Vital statistics of India. Vol. IV, Annual returns from 1871 to 1876. British Army of India, Native Army and jails of Bengal
Year: 1871
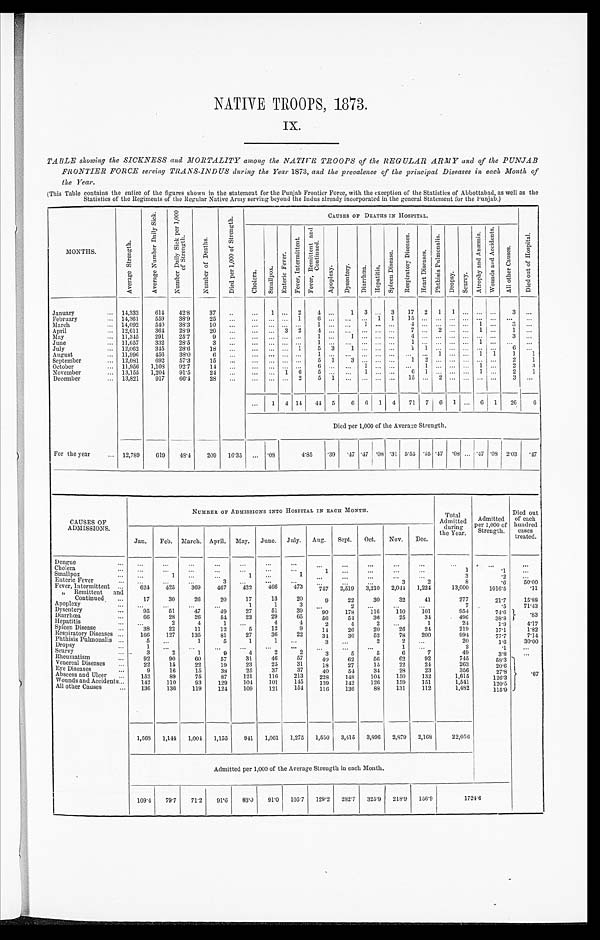
NATIVE TROOPS, 1873.
IX.
TABLE showing the SICKNESS and MORTALITY among the NATIVE TROOPS of the REGULAR ARMY and of the PUNJAB
FRONTIER FORCE serving TRANS-INDUS during the Year 1873, and the prevalence of the principal Diseases in each Month of
the Year.
(This Table contains the entire of the figures shown in the statement for the Punjab Frontier Force, with the exception of the Statistics of Abbottabad, as well as the
Statistics of the Regiments of the Regular Native Army serving beyond the Indus already incorporated in the general Statement for the Punjab.)
MONTHS.
A v e r a g e S t r e n g t h .
A v e r a g e N u m b e r D a i l y S i c k .
N u m b e r D a i l y S i c k p e r 1 , 0 0 0 o f S t r e n g t h .
N u m b e r o f D e a t h s .
D i e d p e r 1 , 0 0 0 o f S t r e n g t h .
C A U S E S O F D E A T H S I N H O S P I T A L .
D i e d o u t o f H o s p i t a l .
C h o l e r a .
S m a l l p o x .
E n t e r i c F e v e r .
F e v e r , I n t e r m i t t e n t .
F e v e r , R e m i t t e n t a n d C o n t i n u e d .
A p o p l e x y .
D y s e n t e r y .
D i a r r h œ a .
H e p a t i t i s .
S p l e e n D i s e a s e .
R e s p i r a t o r y D i s e a s e s .
H e a r t D i s e a s e s .
P h t h i s i s P u l m o n a l i s .
D r o p s y .
S c u r v y .
At r ophy and Anæmi a.
W o u n d s a n d A c c i d e n t s .
A l l o t h e r C a u s e s .
January . . .
14,333
614
42.8
37
. . .
. . .
1
. . .
2
4
. . .
1
3
. . . 3
17
2
1
1
. . .
. . .
. . .
3
. . .
14,361
559
38.9
25
. . .
. . .
. . .
. . . 1
6
. . .
. . . . . .
1
1
1 5
. . .
. . .
. . .
. . . . . .
. . .
. . .
. . .
February . . .
14,092
540
38.3
10
. . .
. . .
. . .
. . .
. . .
1
. . .
. . . . . .
. . .
. . .
4
. . .
. . .
. . .
. . . 1
. . .
3
. . .
March . . .
12,611
364
28.9
20
. . .
. . .
. . .
3
2
4
. . .
. . ..1.
. . .
. . .
7
. . . 2
. . .
. . . 1
. . .
1
. . .
April . . .
11,345
291
25.7
9
. . .
. . .
. . .
. . .
. . .
1
. . .
1 . . .
. . .
. . .
4
. . .
. . .
. . .
. . . . . .
. . .
3
. . .
May . . .
June . . .
11,657
332
28.5
3
. . .
. . .
. . .
. . .
. . .
1
. . .
. . .
. . .
. . .
. . .
1
. . .
. . .
. . .
. . . 1
. . .
. . .
. . .
July . . .
12,062
345
28.6
18
. . .
. . .
. . .
. . . 1
5
3
1
. . .
. . .
. . .
1
1
. . .
. . .
. . .
. . .
. . .
6
. . .
11,996
456
38.0
6
. . .
. . .
. . .
. . .
. . .
1
. . .
. . . . . .
. . .
. . .
. . .
. . .
1
. . .
. . .
1 1
1
1
August . . .
12,081
692
57.3
15
. . .
. . .
. . .
. . .
. . .
5
1
3
. . .
. . .
. . .
1
2
. . .
. . .
. . . . . .
. . .
2
1
September . . .
11,956
1,108
92.7
14
. . .
. . .
. . .
. . .
. . .
6
. . .
. . .
1
. . .
. . .
. . . 1
. . .
. . .
. . .
1
. . .
2
3
October . . .
13,155
1,204
91.5
24
. . .
. . .
. . . 1
6
5
. . .
. . .
1
. . .
. . .
6
1
. . .
. . .
. . . 1
. . .
2
1
November . . .
13,821
917
66.4
28
. . .
. . .
. . .
. . .
2
5
1
. . . . . .
. . .
. . .
15
. . . 2
. . .
. . .
. . .
. . .
3
. . .
December . . .
. . .
1
4 14
44 5
6
6
1
4
71
7
6
1
. . . 6
1
26
6
Died per 1,000 of the Average Strength.
For the year. . .
12,789
619
48.4
209
16.35
. . .
. 0 8
4.85
.39
.47 .47 .08 .31 5.55 .55 .47 .08
. . . .47 .08
2.03
.47
CAUSES OF
ADMISSIONS.
NUMBER OF ADMISSIONS INTO HOSPITAL IN EACH MONTH.
Total
Admitted
during
the Year.
Admitted
per 1,000 of
Strength.
Died out
of each
hundred
cases
treated.
Jan.
Feb.
March. April.
May.
June.
July.
Aug.
Sept.
Oct.
Nov.
Dec.
Dengue . . .
. . .
. . .
. . .
. . .
. . .
. . .
. . .
. . .
. . .
. . .
. . .
. . .
. . .
. . .
. . .
Cholera . . .
. . .
. . .
. . .
. . .
. . .
. . .
. . .
1
. . .
. . .
. . .
. . .
1
.1
. . .
Smallpox . . .
. . .
1
. . .
. . .
1
. . .
1
. . .
. . .
. . .
. . .
. . .
3
.2
. . .
Enteric Fever . . .
. . .
. . .
. . .
3
. . .
. . .
. . .
. . .
. . .
. . .
3
2
8
.6
50.00
Fever, Intermittent . . .
624
425
369
467
422
466
473
7 5 7
2,519
3,210
2,041
1,224
13,000
1016.5
. 1 1
" Remittent and
Continued . . .
17
30
26
20
17
13
20
9
22
30
32
41
277
21.7
15.88
Apoplexy . . .
. . .
. . .
. . .
. . .
1
1
3
. . .
2
. . .
. . .
. . .
7
.5
71.43
Dysentery . . .
95
51
47
4 9
27
51
39
90
178
116
110
101
954
74.6 .83
Diarrhœa . . .
66
28
26
54
23
29
65
56
54
36
25
34
496
38.8
Hepatitis . . .
. . .
2
4
1
. . .
4
4
2
4
2
. . .
1
24
1.9
4.17
Spleen Disease . . .
38
22
11
12
5
12
9
14
26
20
26
24
219
17.1
1.82
Respiratory Diseases . . .
166
127
135
81
27
36
22
34
36
52
78
200
994
77.7
7.14
Phthisis Pulmonalis . . .
5
. . .
1
5
1
1
. . .
3
. . .
2
2
. . .
20
1.6
30.00
Dropsy . . .
1
. . .
. . .
. . .
. . .
. . .
. . .
. . .
. . .
. . .
1
. . .
2
.1
. . .
Scurvy. . .
3
2
1
9
4
2
2
3
5
5
6
7
49
3.8
. . .
Rheumatism . . .
92
90
60
57
31
46
57
40
62
56
62
92
745
58.3
.67
Venereal Diseases . . .
22
15
22
19
23
25
31
18
27
15
22
24
263
20.6
Eye Diseases . . .
9
16
15
38
25
37
37
40
54
34
28
23
356
27.8
Abscess and Ulcer . . .
152
89
75
87
121
116
213
228
148
104
150
132
1,615
126.3
Wounds and Accidents . . .
142
110
93
129
104
101
145
139
142
126
159
151
1,541
120.5
All other Causes . . .
136
136
119
124
109
121
154
116
136
88
131
112
1,482
115.9
1,568
1,144
1,004
1,155
941
1,061
1,275
1,550
3,415
3,896
2,879
2,168
22,056
Admitted per 1,000 of the Average Strength in each Month.
109.4
79.7
71.2
91.6
83.0
91.0 105.7
129.2
282.7
325.9
218.9
156.9
1724.6